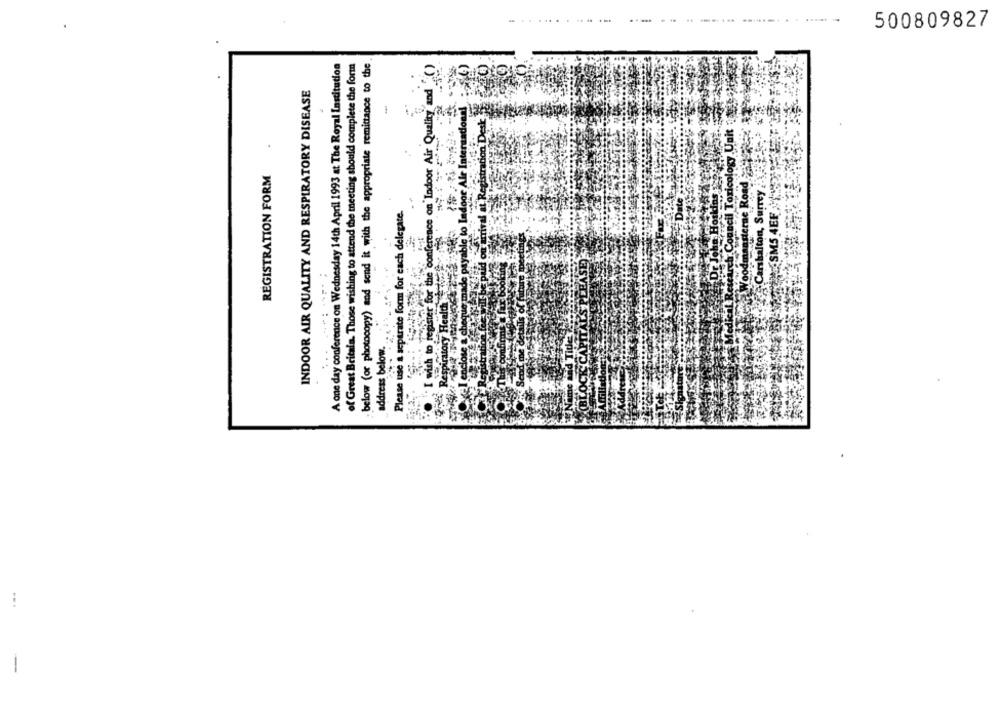
...
... ............
500809827
A one day conference on Wednesday 14th April 1993 at The Royal Lastitution
of Great Britain. Those wishing to attend the meeting should complete the form
below (or photocopy) and send it with the appropriate remittance to the
gister for the conference on Indoor Air Quality and
INDOOR AIR QUALITY AND RESPIRATORY DISEASE
."22
adoor Alr Interaations!
Ist Registration Desk
Toxicology Unit
REGISTRATION FORM
Please use a separate form for each delegate.
43
I wish to re
Respiratory
address below.